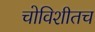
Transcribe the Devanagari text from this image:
चोविशीतच